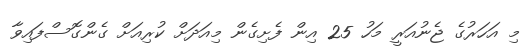
މި އަހަރުގެ ޖެނުއަރީ މަހު 25 އިން ފެށިގެން މިއަދަށް ކުރިއަށް ގެންގޮސްފައިވާ